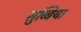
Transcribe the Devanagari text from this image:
सुब्बिया